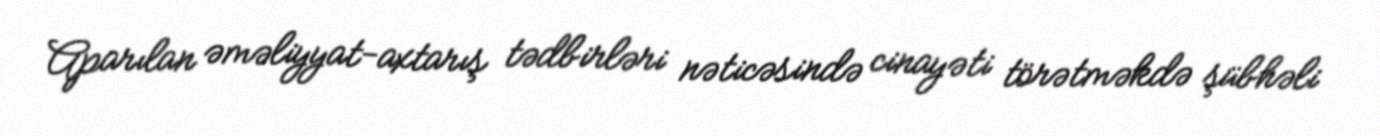
Aparılan əməliyyat-axtarış tədbirləri nəticəsində cinayəti törətməkdə şübhəli